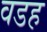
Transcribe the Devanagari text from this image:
वडह